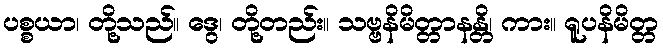
ပစ္စယာ၊ တို့သည်။ ဒွေ၊ တို့တည်း။ သဗ္ဗနိမိတ္တာနန္တိ၊ ကား။ ရူပနိမိတ္တ